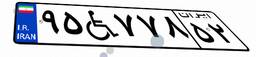
۹۵W۷۷۸۵۲